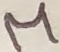
Text: M